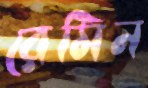
রেমিন